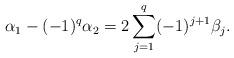
LaTeX: \begin{align*} \alpha_1-(-1)^q \alpha_2=2\sum_{j=1}^q (-1)^{j+1}\beta_j.\end{align*}